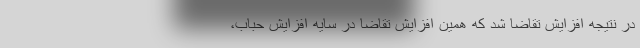
در نتیجه افزایش تقاضا شد که همین افزایش تقاضا در سایه افزایش حباب،